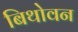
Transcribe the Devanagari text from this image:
बिथोवन